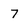
Character: 7